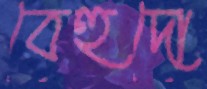
বেহুদো